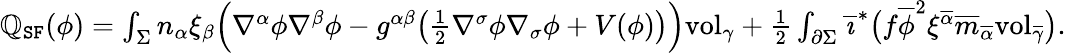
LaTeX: \begin{array}{r}{\mathbb{Q}_{\mathtt{SF}}(\phi)=\int_{\Sigma}n_{\alpha}\xi_{\beta}\Big(\nabla^{\alpha}\phi\nabla^{\beta}\phi-g^{\alpha\beta}\big(\frac{1}{2}\nabla^{\sigma}\phi\nabla_{\sigma}\phi+V(\phi)\big)\Big)\mathrm{vol}_{\gamma}+\frac{1}{2}\int_{\partial\Sigma}\overline{{\imath}}^{*}\big(f\overline{{\phi}}^{2}\xi^{\overline{{\alpha}}}\overline{{m}}_{\overline{{\alpha}}}\mathrm{vol}_{\overline{{\gamma}}}\big).}\end{array}